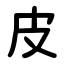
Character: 皮